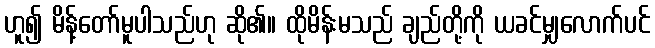
ဟူ၍ မိန့်တော်မူပါသည်ဟု ဆို၏။ ထိုမိန်းမသည် ချည်တို့ကို ယခင်မျှလောက်ပင်